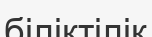
біліктілік